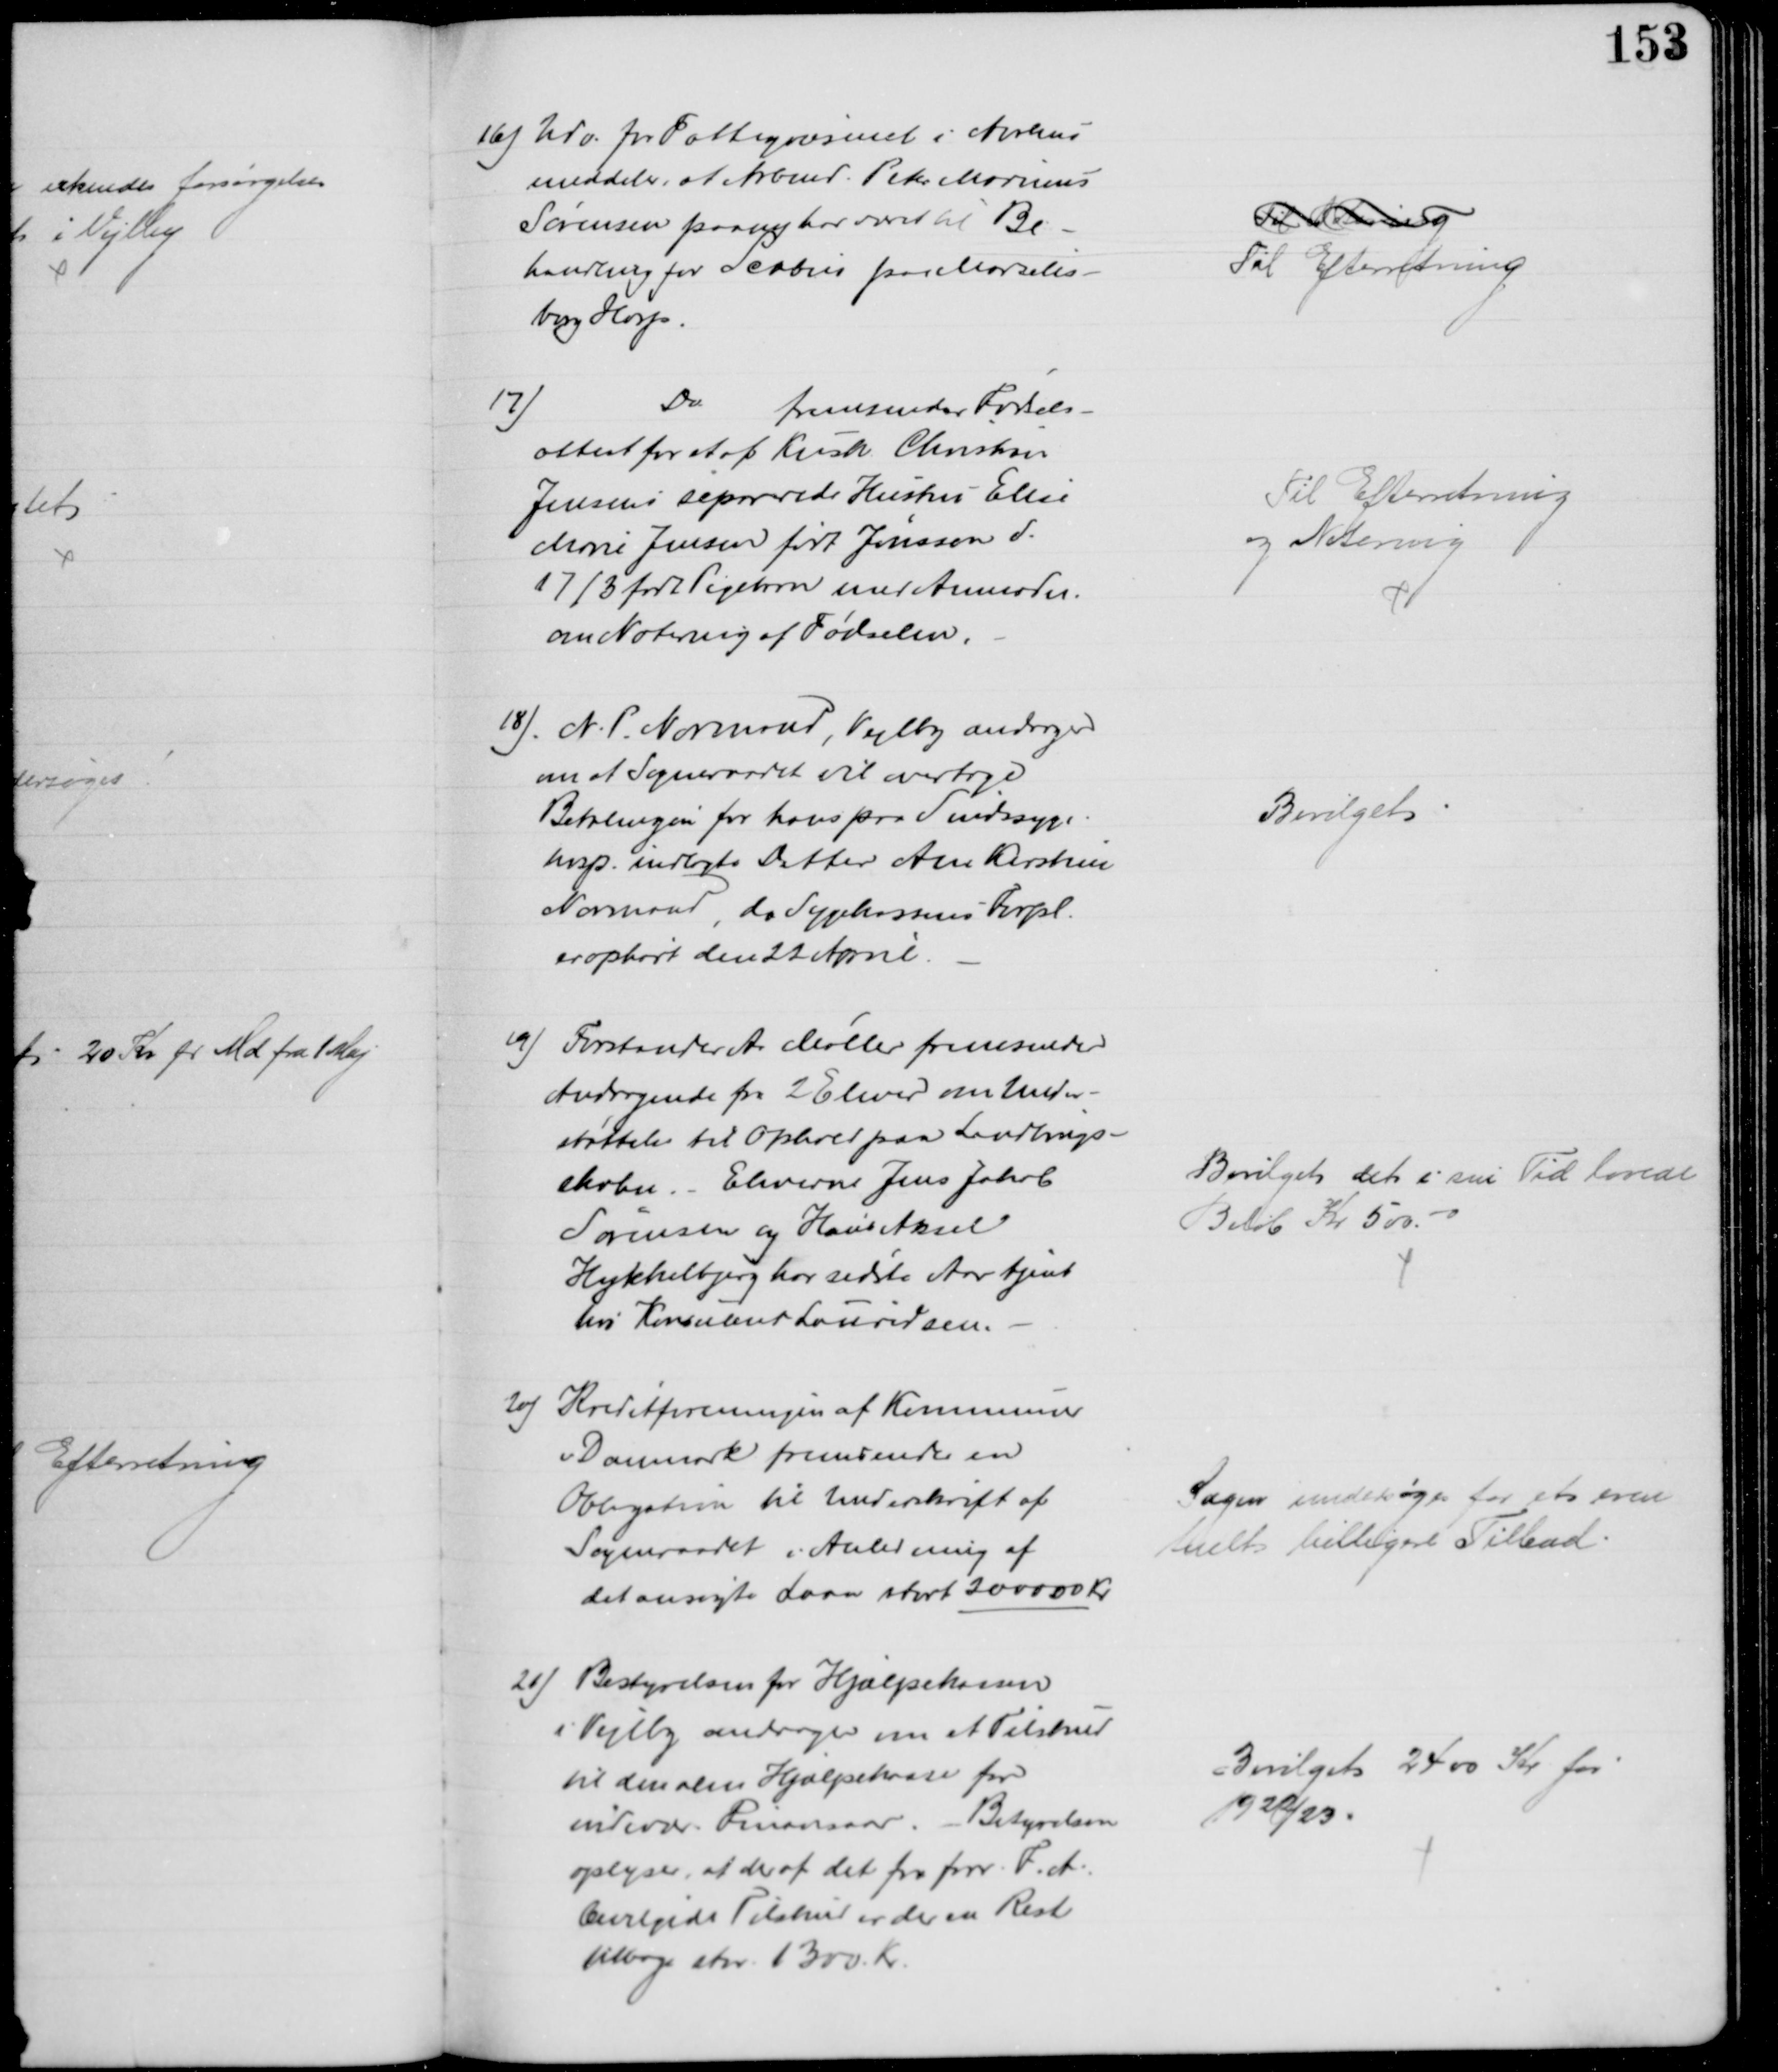
Transskription:
16) Udv. for Fattigvæsenet i Aarhus
meddeler, at Arbmd. Peter Marinus
Sørensen paany har været til Be-
handling for Scabies paa Marselis-
borg Hosp
Til Notering
Til Efterretning
17)
Do
fremsender Fødsels-
attest for et af Kusk Christian
Jensens separerede Hustru Elise
Marie Jensen født Jønsson d.
17/3 født Pigebarn med Anmodn.
om Notering af Fødselen.
Til Efterretning
og Notering
18). N. P. Normand Vejlby andrager
om at Sogneraadet vil overtage
Betalingen for hans paa Sindssyge-
hosp. indlagte Datter Ane Kirstine
Normand da Sygekassens Forpl.
er ophørt den 22 April.
Bevilget
19) Forstander A Møller fremsender
Andragende fra 2 Elever om Under-
støttelse til Ophold paa Landbrugs-
skolen. Eleverne Jens Jakob
Sørensen og Hans Aksel
Hykkelbjerg har sidste Aar tjent
hos Konsulent Lauridsen.
Bevilget det i sin Tid lovede
Beløb Kr 500.00
20) Kreditforeningen af Kommuner
i Danmark fremsender en
Obligation til Underskrift af
Sogneraadet i Anledning af
det ansøgte Laan stort 200000 Kr.
Sagen undersøges for et even
tuelt billigere Tilbud.
21) Bestyrelsen for Hjælpekassen
i Vejlby andrager om et Tilskud
til den alm Hjælpekasse for
indevær. Finansaar. - Betyrelsen
oplyser, at der af det fra forr. F. A.
bevilgede Tilskud er der en Rest
tilbage stor 1300 Kr.
Bevilget 2400 Kr for
1922/23.